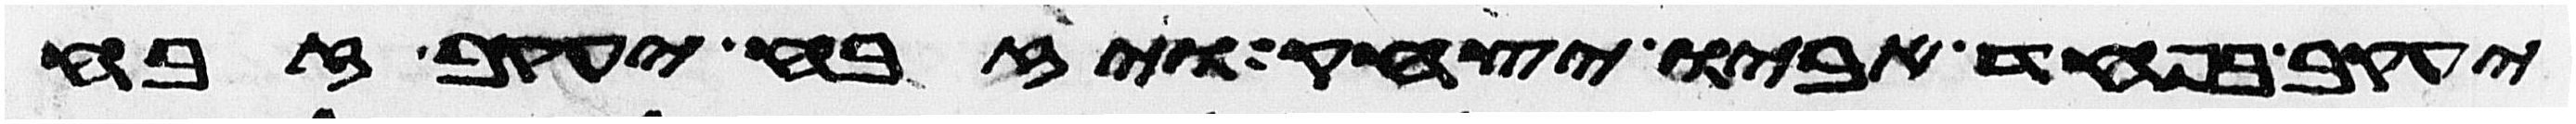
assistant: יעקב בפחד אביו יצחק ויזבח יעקב זבח